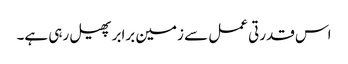
اس قدرتی عمل سے زمین برابر پھیل رہی ہے۔